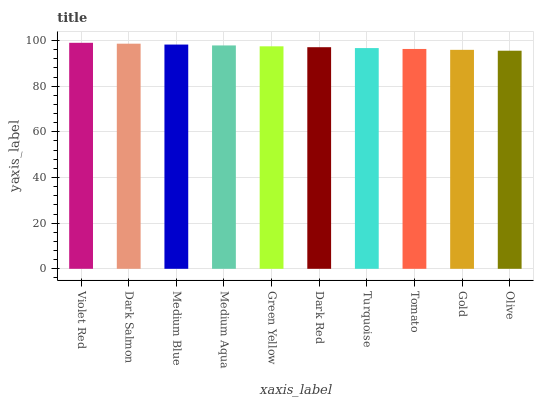
| xaxis_label | bars |
 | --- | --- |
 | Violet Red | 99 |
 | Dark Salmon | 98.6 |
 | Medium Blue | 98.2 |
 | Medium Aqua | 97.8 |
 | Green Yellow | 97.5 |
 | Dark Red | 97.1 |
 | Turquoise | 96.7 |
 | Tomato | 96.3 |
 | Gold | 95.9 |
 | Olive | 95.5 |